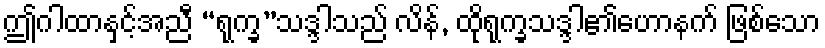
ဤဂါထာနှင့်အညီ “ရုက္ခ”သဒ္ဒါသည် လိန်, ထိုရုက္ခသဒ္ဒါ၏ဟောနက် ဖြစ်သော